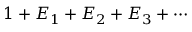
1 + E _ { 1 } + E _ { 2 } + E _ { 3 } + \cdots